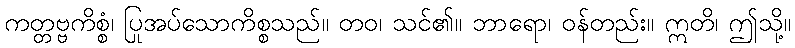
ကတ္တဗ္ဗကိစ္စံ၊ ပြုအပ်သောကိစ္စသည်။ တဝ၊ သင်၏။ ဘာရော၊ ဝန်တည်း။ ဣတိ၊ ဤသို့။